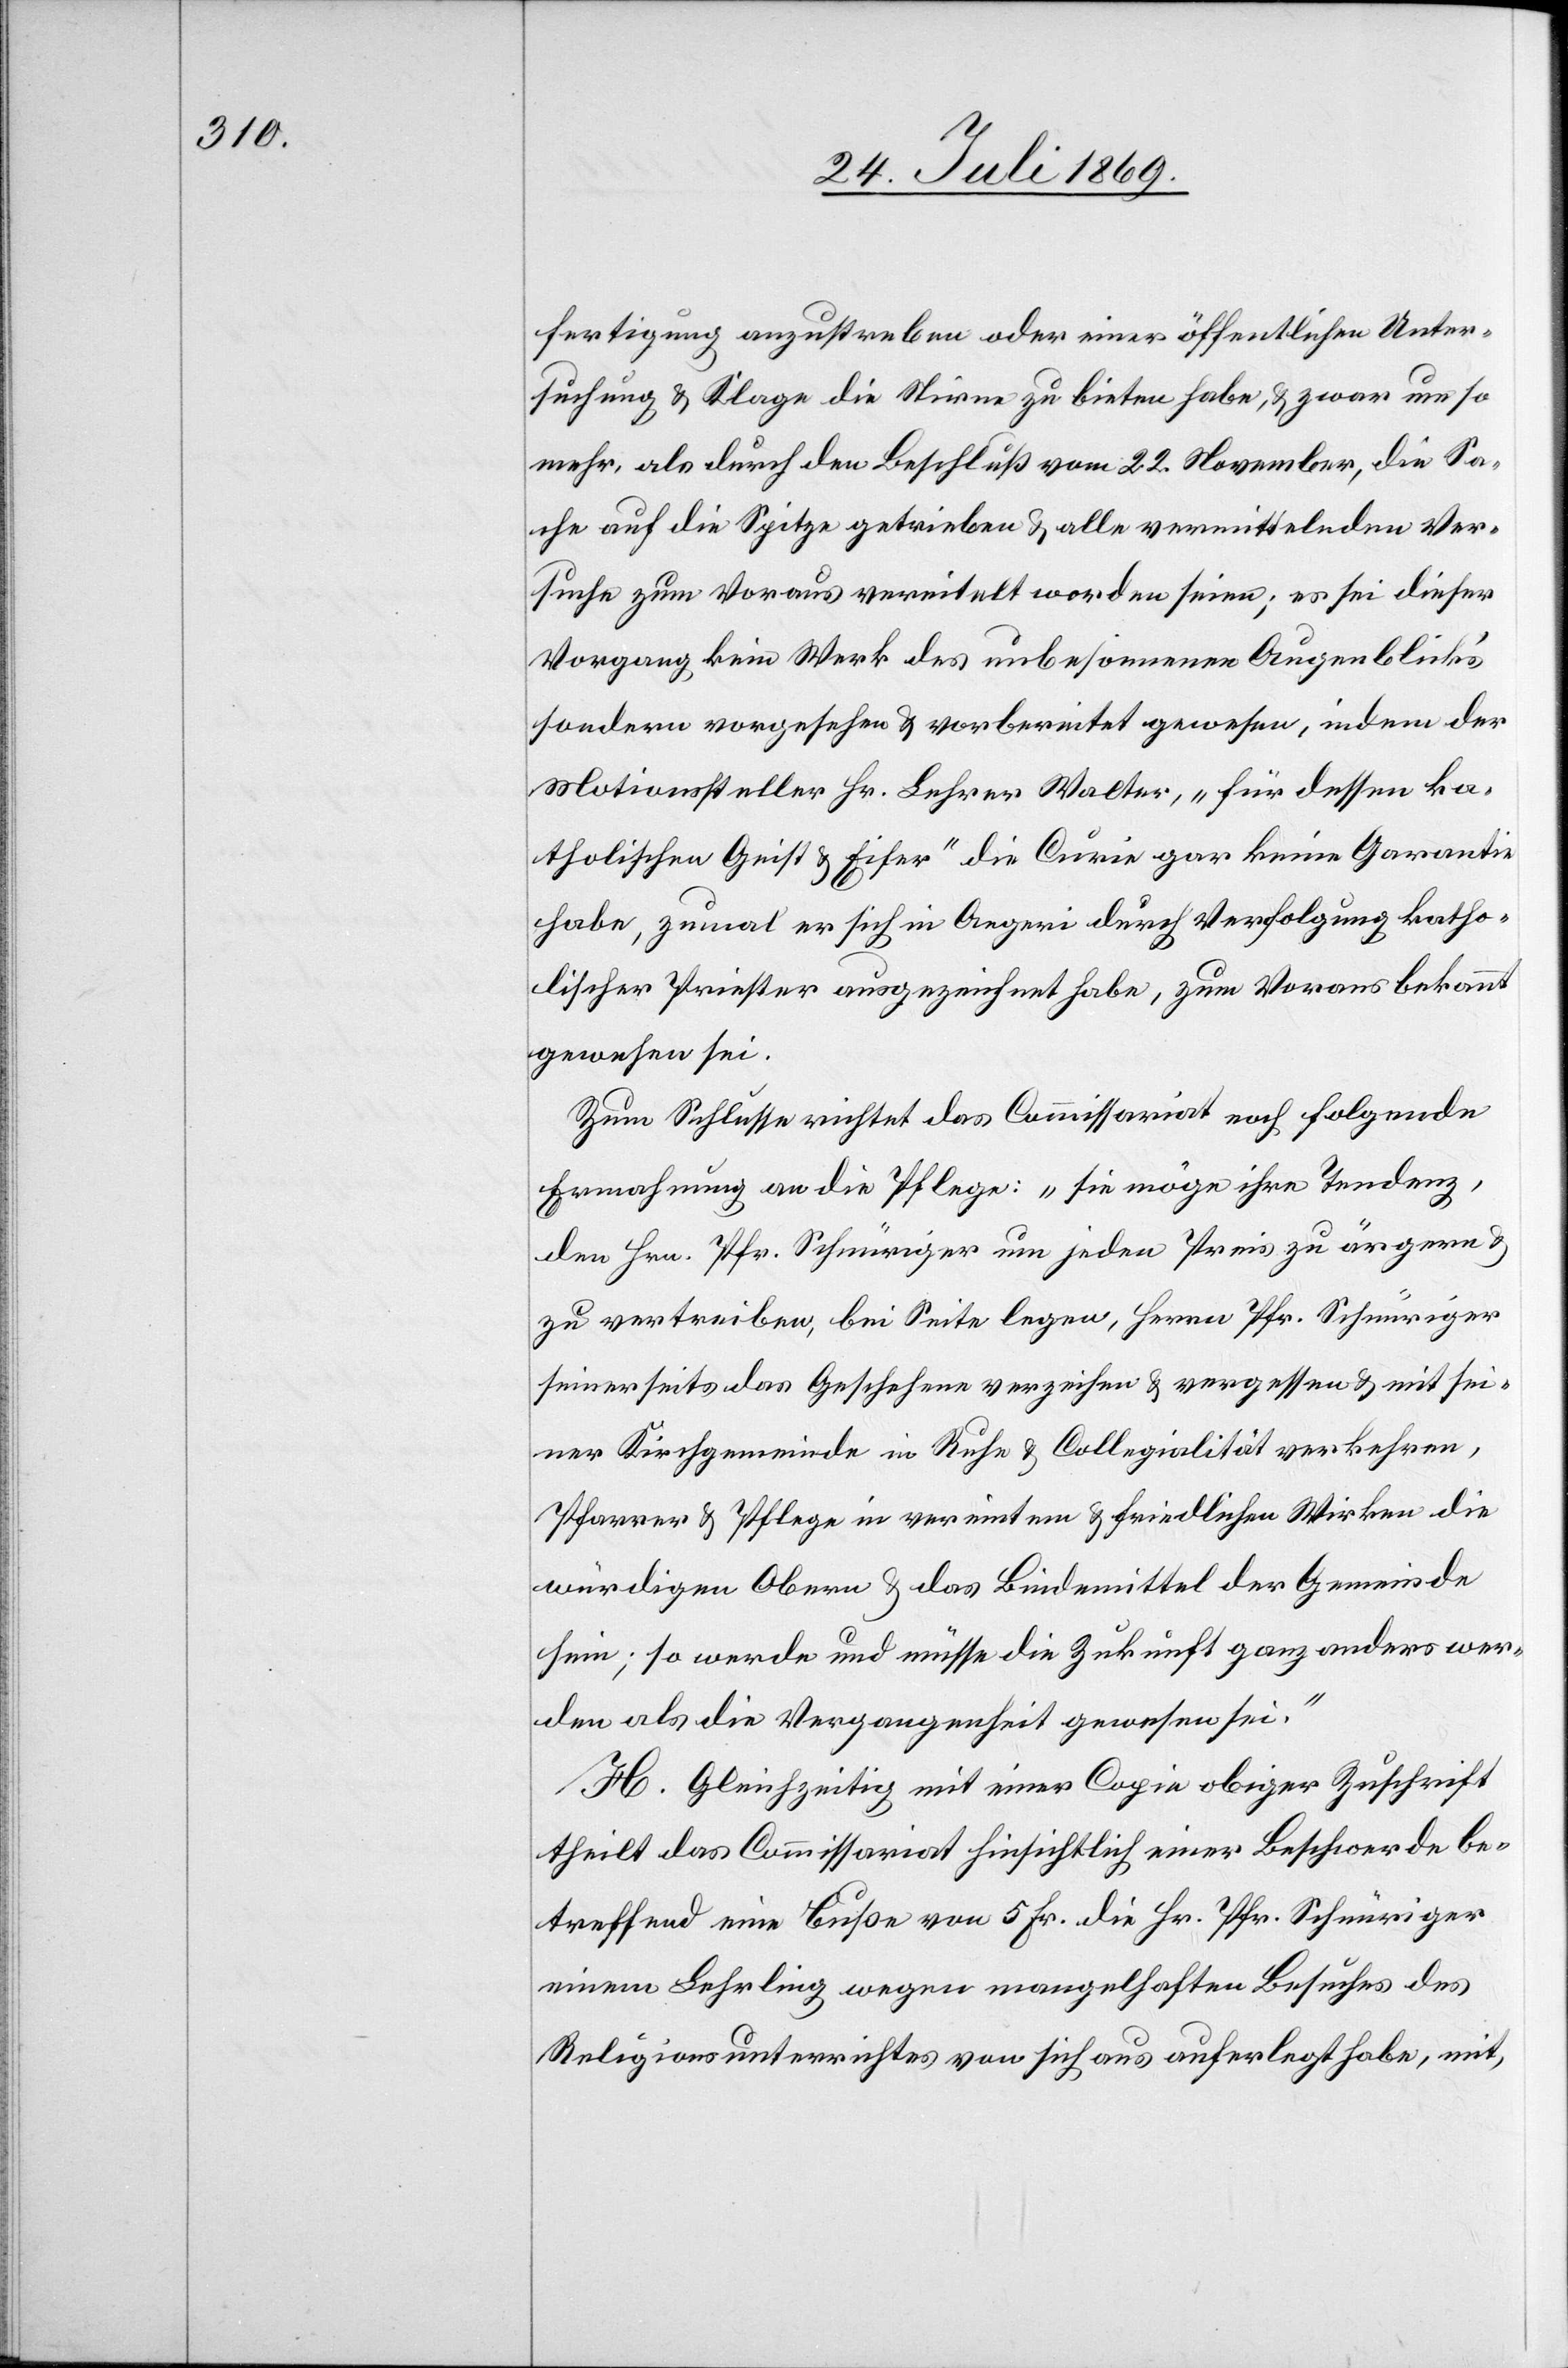
fertigung anzustreben oder einer öffentlichen Unter¬
suchung u. Klage die Stirne zu bieten habe, u. zwar um so
mehr, als durch den Beschluß vom 22. November, die Sa¬
che auf die Spitze getrieben u. alle vermittelnden Ver¬
suche zum Voraus vereitelt worden seien; es sei dieser
Vorgang kein Werk des unbesonnenen Augenblicks
sondern vorgesehen u. vorbereitet gewesen, indem der
Motionssteller Hr. Lehrer Walter, „für dessen ka¬
tholischen Geist u. Eifer“ die Curie gar keine Garantie
habe, zumal er sich in Aegeri durch Verfolgung katho¬
lischer Priester ausgezeichnet habe, zum Voraus bekannt
gewesen sei.
Zum Schlusse richtet das Commissariat noch folgende
Ermahnung an die Pflege: „sie möge ihre Tendenz,
den Hrn. Pfr. Schnüriger um jeden Preis zu ärgern u.
zu vertreiben, bei Seite legen, Herrn Pfr. Schnüriger
seinerseits das Geschehen verzeihen u. vergessen u. mit sei¬
ner Kirchgemeinde in Ruhe u. Collegialität verkehren,
Pfarrer u. Pflege in vereintem u. friedlichen Wirken die
würdigen Obern u. das Bindemittel der Gemeinde
sein; so werde und müsse die Zukunft ganz anders wer¬
den als die Vergangenheit gewesen sei.“
H. Gleichzeitig mit einer Copie obiger Zuschrift
theilt das Commissariat hinsichtlich einer Beschwerde be¬
treffend eine Buße von 5 Fr. die Hr. Pfr. Schnüriger
einen Lehrling wegen mangelhaften Besuches des
Religionsunterrichtes von sich aus auferlegt habe, mit,